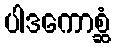
ပါဒကောစ္ဆံ